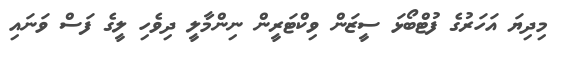
މިދިޔަ އަހަރުގެ ފުޓްބޯޯޅަ ސީޒަން ވިކްޓަރީން ނިންމާލީ ދިވެހި ލީގެ ފަސް ވަނައި